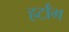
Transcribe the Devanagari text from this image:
हर्टांग